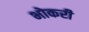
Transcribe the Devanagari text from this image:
भोकरी